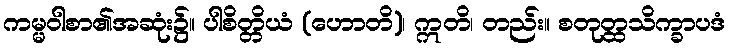
ကမ္မဝါစာ၏အဆုံး၌။ ပါစိတ္တိယံ (ဟောတိ)၊ ဣတိ၊ တည်း။ စတုတ္ထသိက္ခာပဒံ